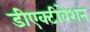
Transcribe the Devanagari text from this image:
डीएक्टीवेशन